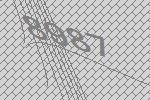
8987